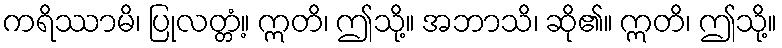
ကရိဿာမိ၊ ပြုလတ္တံ့။ ဣတိ၊ ဤသို့။ အဘာသိ၊ ဆို၏။ ဣတိ၊ ဤသို့။